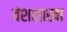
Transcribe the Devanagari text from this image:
वंशशाखा